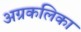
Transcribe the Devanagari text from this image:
अग्रकलिका